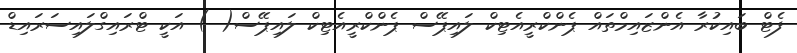
ފެޓް ބައިކުރާ އެންޒައިމްތައް ޕެންކްރީއެޓިކް ލައިޕޭސް ޕެންކްރީއެޓިކް ލައިޕޭސް( ) އަކީ ޓްރައިގްލައިސަރައިޑް